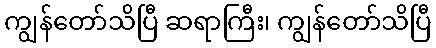
ကျွန်တော်သိပြီ ဆရာကြီး၊ ကျွန်တော်သိပြီ